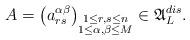
LaTeX: \begin{align*}A=\bigl(a_{rs}^{\alpha\beta}\bigr)_{\substack{1\leq r,s\leq n\\ 1\leq\alpha,\beta\leq M}}\in{\mathfrak{A}}_L^{dis}.\end{align*}